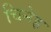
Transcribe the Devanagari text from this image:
चिनेह